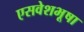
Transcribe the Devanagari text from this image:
एसवेशभूषा